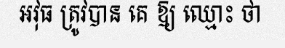
អវុធ ត្រូវបាន គេ ឱ្យ ឈ្មោះ ថា